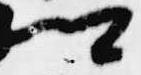
卿